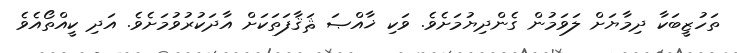
ތަހުޒީބަކާ ދިމާޔަށް ލަވަމުން ގެންދިޔުމަށެވެ. ވަކި ޚާއްޞަ ޘަޤާފަތަކަށް އާދަކުރުވުމަށެވެ. އަދި ކީއްތޯއެވެ